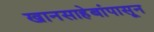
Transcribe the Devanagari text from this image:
खानसाहेबांपासून